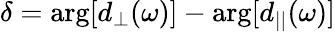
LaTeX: \delta=\arg[d_{\perp}(\omega)]-\arg[d_{||}(\omega)]